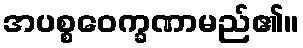
အပစ္စဝေက္ခဏာမည်၏။